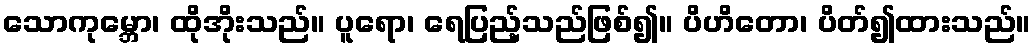
သောကုမ္ဘော၊ ထိုအိုးသည်။ ပူရော၊ ရေပြည့်သည်ဖြစ်၍။ ပိဟိတော၊ ပိတ်၍ထားသည်။